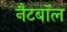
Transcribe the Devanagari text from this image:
नैटबॉल